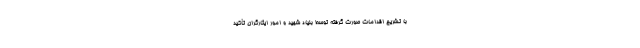
با تشریح اقدامات صورت گرفته توسط بنیاد شهید و امور ایثارگران تأکید